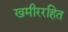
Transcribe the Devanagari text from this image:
खमीररहित